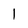
Character: 1